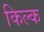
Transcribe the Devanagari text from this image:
किल्क